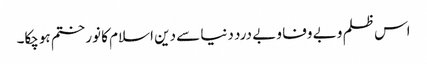
اس ظلم و بے وفا و بے درد دنیا سے دین اسلام کا نور ختم ہوچکا۔